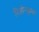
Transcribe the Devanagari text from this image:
नितीनकुमार